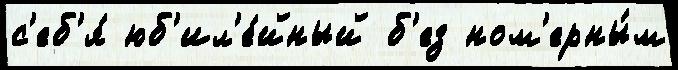
с'еб'я́ юб'ил'е́йный б'ез ном'ерны́м